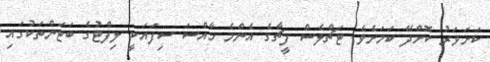
ކަށަވަރު ކޮށްދޭ ކަމަށެވެ. ޓަޗްލެސް ފީޗާގެ އެންމެ ހާއްސަ ސިފައަކީ ލިފްޓުގެ ބަޓަންތަކުގައި